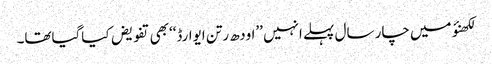
لکھنؤ میں چار سال پہلے انہیں ’’اودھ رتن ایوارڈ‘‘بھی تفویض کیاگیاتھا۔